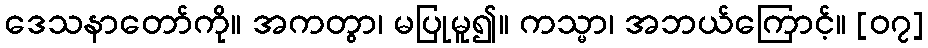
ဒေသနာတော်ကို။ အကတွာ၊ မပြုမူ၍။ ကသ္မာ၊ အဘယ်ကြောင့်။ [၀၇]